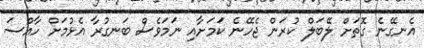
އެނގޭނެ ގޮތަށް ލޭބަލް ކުރަން ޖެހޭނެ ކަމަށާއި ނަމަވެސް ބަނގުރާ އެޅުމަށް ހާއްސަ